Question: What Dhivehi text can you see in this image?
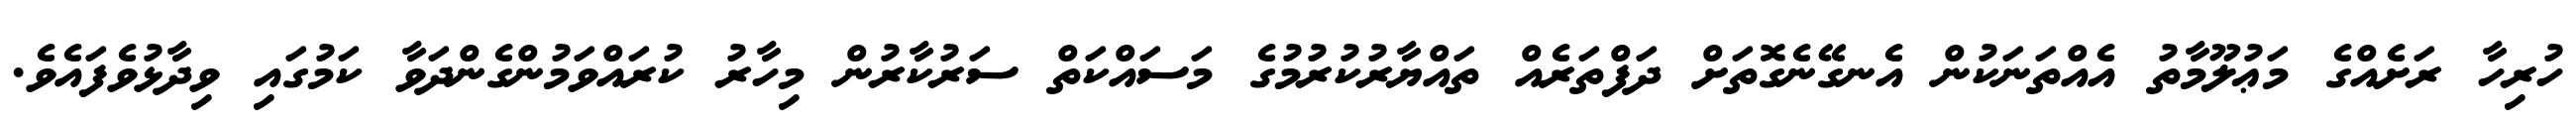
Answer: ހުރިހާ ރަށެއްގެ މަޢުލޫމާތު އެއްތަނަކުން އެނގޭނެގޮތަށް ދަފްތަރެއް ތައްޔާރުކުރުމުގެ މަސައްކަތް ސަރުކާރުން މިހާރު ކުރައްވަމުންގެންދަވާ ކަމުގައި ވިދާޅުވެފައެވެ.